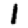
Digit: 1